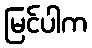
မြင်ပါက